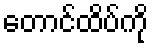
တောင်ထိပ်ကို